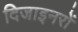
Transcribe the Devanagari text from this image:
दिजाइनरों